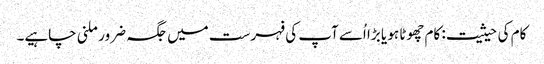
کام کی حیثیت: کام چھوٹا ہو یا بڑا اُسے آپ کی فہرست میں جگہ ضرور ملنی چاہیے۔